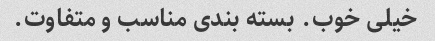
خیلی خوب. بسته بندی مناسب و متفاوت.